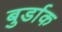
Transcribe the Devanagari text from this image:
बुर्डाक